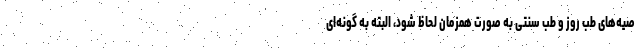
صیه‌های طب روز و طب سنتی به صورت همزمان لحاظ شود، البته به گونه‌ای